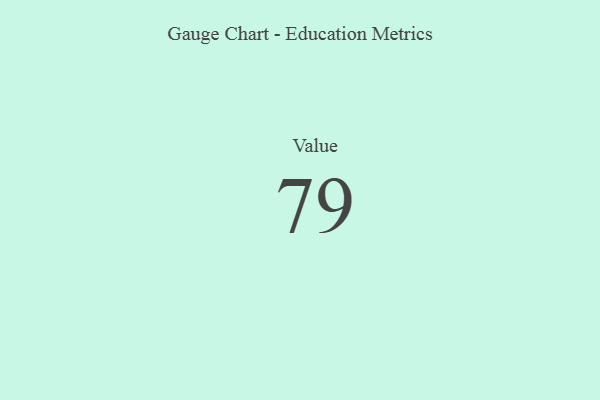
{"axis": {"x": "Metric", "y": "Value"}, "legend": [""], "data": [{"x": "Value", "y": 79, "type": ""}]}